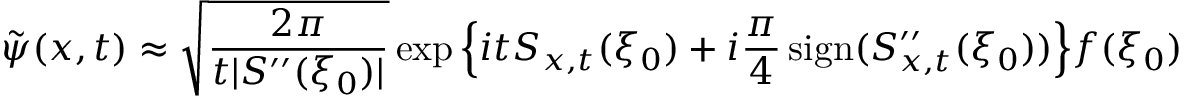
\tilde { \psi } ( x , t ) \approx \sqrt { \frac { 2 \pi } { t | S ^ { \prime \prime } ( \xi _ { 0 } ) | } } \exp \Big \{ i t S _ { x , t } ( \xi _ { 0 } ) + i \frac { \pi } { 4 } \operatorname { s i g n } ( S _ { x , t } ^ { \prime \prime } ( \xi _ { 0 } ) ) \Big \} f ( \xi _ { 0 } )